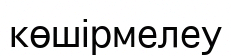
көшірмелеу